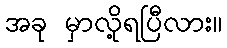
အခု မှာလို့ရပြီလား။